Lunatic asylums Madras 1877-1891 - 1877-1891
Year: 1877
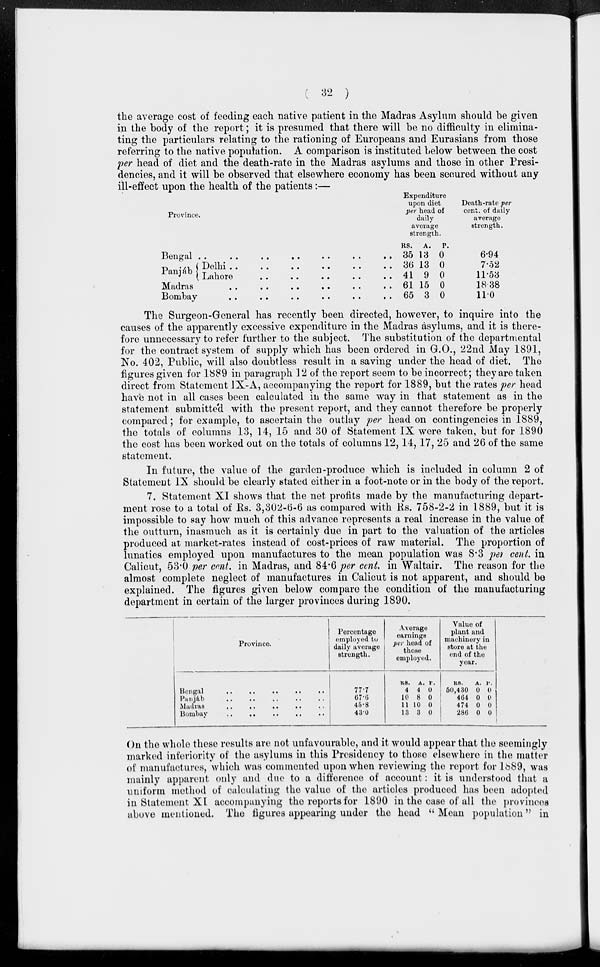
( 32 )
the average cost of feeding each native patient in the Madras Asylum should be given
in the body of the report; it is presumed that there will be no difficulty in elimina-
ting the particulars relating to the rationing of Europeans and Eurasians from those
referring to the native population. A comparison is instituted below between the cost
per head of diet and the death-rate in the Madras asylums and those in other Presi-
dencies, and it will be observed that elsewhere economy has been secured without any
ill-effect upon the health of the patients:—
Province.
Bengal
..
..
..
..
..
..
..
Panjáb Delhi
..
..
..
..
..
..
Lahore
..
..
..
..
..
Madras .. .. .. .. .. ..
Bombay
..
..
..
..
..
..
Expenditure
upon diet
per head of
daily
average
strength.
RS.
35
36
41
61
65
A.
13
13
9
15
3
P.
0
0
0
0
0
Death-rate per
cent. of daily
average
strength.
6.94
7.52
11.53
18.38
11.0
The Surgeon-General has recently been directed, however, to inquire into the
causes of the apparently excessive expenditure in the Madras asylums, and it is there-
fore unnecessary to refer further to the subject. The substitution of the departmental
for the contract system of supply which has been ordered in G.O., 22nd May 1891,
No. 402, Public, will also doubtless result in a saving under the head of diet. The
figures given for 1889 in paragraph 12 of the report seem to be incorrect; they are taken
direct from Statement IX-A, accompanying the report for 1889, but the rates per head
have not in all cases been calculated in the same way in that statement as in the
statement submitted with the present report, and they cannot therefore be properly
compared; for example, to ascertain the outlay per head on contingencies in 1889,
the totals of columns 13, 14, 15 and 30 of Statement IX were taken, but for 1890
the cost has been worked out on the totals of columns 12, 14, 17, 25 and 26 of the same
statement.
In future, the value of the garden-produce which is included in column 2 of
Statement IX should be clearly stated either in a foot-note or in the body of the report.
7. Statement XI shows that the net profits made by the manufacturing depart-
ment rose to a total of Rs. 3,302-6-6 as compared with Rs. 758-2-2 in 1889, but it is
impossible to say how much of this advance represents a real increase in the value of
the outturn, inasmuch as it is certainly due in part to the valuation of the articles
produced at market-rates instead of cost-prices of raw material. The proportion of
lunatics employed upon manufactures to the mean population was 8.3 per cent. in
Calicut, 53.0 per cent. in Madras, and 84.6 per cent in Waltair. The reason for the
almost complete neglect of manufactures in Calicut is not apparent, and should be
explained. The figures given below compare the condition of the manufacturing
department in certain of the larger provinces during 1890.
Province.
Bengal
..
..
..
..
..
Panjáb
..
..
..
..
..
Madras .. .. .. .. ..
Bombay
..
..
..
..
..
Percentage
employed to
daily average
strength.
77.7
67.6
45.8
43.0
Average
earnings
per head of
those
employed.
RS.
4
10
11
13
A.
4
8
10
3
P.
0
0
0
0
Value of
plant and
machinery in
store at the
end of the
year.
RS.
50,430
464
474
286
A.
0
0
0
0
P.
0
0
0
0
On the whole these results are not unfavourable, and it would appear that the seemingly
marked inferiority of the asylums in this Presidency to those elsewhere in the matter
of manufactures, which was commented upon when reviewing the report for 1889, was
mainly apparent only and due to a difference of account: it is understood that a
uniform method of calculating the value of the articles produced has been adopted
in Statement XI accompanying the reports for 1890 in the case of all the provinces
above mentioned. The figures appearing under the head " Mean population" in